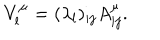
LaTeX: V _ { l } ^ { \mu } = ( \lambda _ { l } ) _ { i j } A _ { i j } ^ { \mu } .